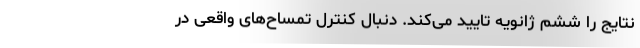
نتایج را ششم ژانویه تایید می‌کند. دنبال کنترل تمساح‌های واقعی در